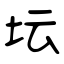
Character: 坛